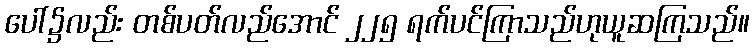
ပေါ်၌လည်း တစ်ပတ်လည်အောင် ၂၂၅ ရက်ပင်ကြာသည်ဟုယူဆကြသည်။